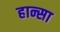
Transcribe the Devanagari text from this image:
हान्सा